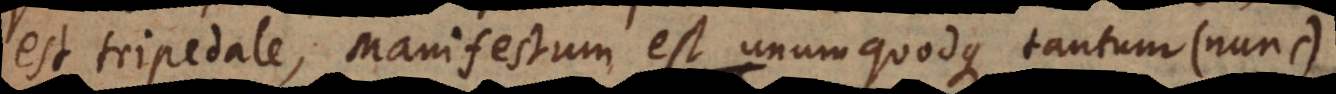
est tripedale, manifestum est unumquodque tantum (nunc)